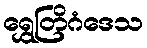
ရွှေတြိဂံဒေသ